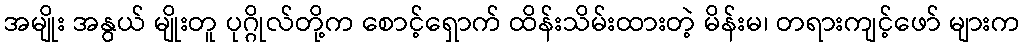
အမျိုး အနွယ် မျိုးတူ ပုဂ္ဂိုလ်တို့က စောင့်ရှောက် ထိန်းသိမ်းထားတဲ့ မိန်းမ၊ တရားကျင့်ဖော် များက